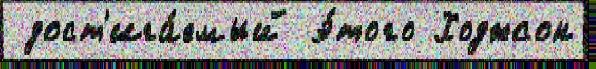
 дост'ига́емый э́того Ходжсон